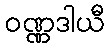
ဝဏ္ဏဒါယီ